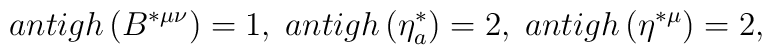
antigh\left( B^{*\mu \nu }\right) =1,\;antigh\left( \eta_a^{*}\right) =2,\;antigh\left( \eta ^{*\mu }\right) =2,